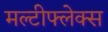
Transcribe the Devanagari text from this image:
मल्टीफ्लेक्स